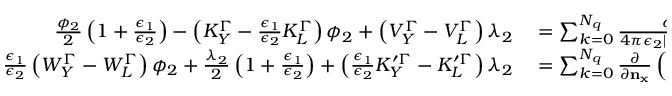
\begin{array} { r l } { \frac { \phi _ { 2 } } { 2 } \left( 1 + \frac { \epsilon _ { 1 } } { \epsilon _ { 2 } } \right) - \left( K _ { Y } ^ { \Gamma } - \frac { \epsilon _ { 1 } } { \epsilon _ { 2 } } K _ { L } ^ { \Gamma } \right) \phi _ { 2 } + \left( V _ { Y } ^ { \Gamma } - V _ { L } ^ { \Gamma } \right) \lambda _ { 2 } } & { { } = \sum _ { k = 0 } ^ { N _ { q } } \frac { q _ { k } } { 4 \pi \epsilon _ { 2 } | \mathbf { x } _ { \Gamma } - \mathbf { x } _ { k } | } , } \\ { \frac { \epsilon _ { 1 } } { \epsilon _ { 2 } } \left( W _ { Y } ^ { \Gamma } - W _ { L } ^ { \Gamma } \right) \phi _ { 2 } + \frac { \lambda _ { 2 } } { 2 } \left( 1 + \frac { \epsilon _ { 1 } } { \epsilon _ { 2 } } \right) + \left( \frac { \epsilon _ { 1 } } { \epsilon _ { 2 } } K _ { Y } ^ { \prime \Gamma } - K _ { L } ^ { \prime \Gamma } \right) \lambda _ { 2 } } & { { } = \sum _ { k = 0 } ^ { N _ { q } } \frac { \partial } { \partial \mathbf { n } _ { \mathbf { x } } } \left( \frac { q _ { k } } { 4 \pi \epsilon _ { 2 } | \mathbf { x } _ { \Gamma } - \mathbf { x } _ { k } | } \right) , } \end{array}